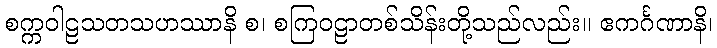
စက္ကဝါဠသတသဟဿာနိ စ၊ စကြဝဠာတစ်သိန်းတို့သည်လည်း။ ဧကင်္ဂဏာနိ၊